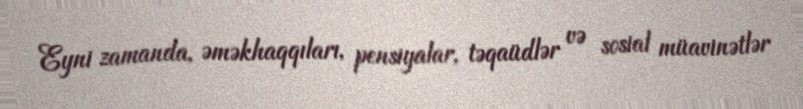
Eyni zamanda, əməkhaqqıları, pensiyalar, təqaüdlər və sosial müavinətlər